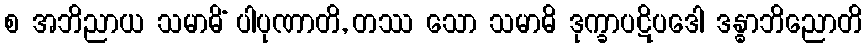
စ အဘိညာယ သမာဓိံ ပါပုဏာတိ, တဿ သော သမာဓိ ဒုက္ခာပဋိပဒေါ ဒန္ဓာဘိညောတိ